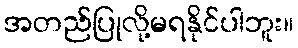
အတည်ပြုလို့မရနိုင်ပါဘူး။